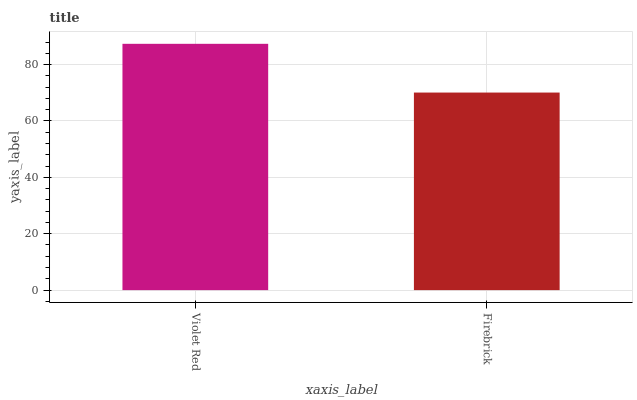
| xaxis_label | bars |
 | --- | --- |
 | Violet Red | 87.4 |
 | Firebrick | 70.1 |